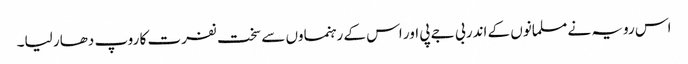
اس رویہ نے مسلمانوں کے اندر بی جے پی اور اس کے رہنماوں سے سخت نفرت کا روپ دھار لیا۔